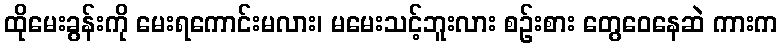
ထိုမေးခွန်းကို မေးရကောင်းမလား၊ မမေးသင့်ဘူးလား စဉ်းစား တွေဝေနေဆဲ ကားက